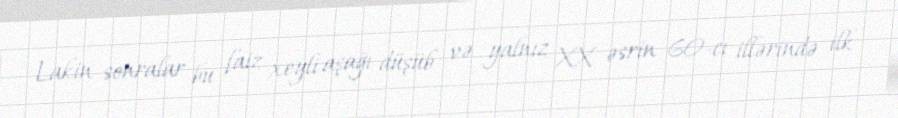
Lakin sonralar bu faiz xeyli aşağı düşüb və yalnız XX əsrin 60-cı illərində ilk